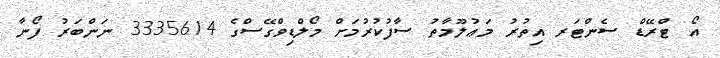
އޯ ޓްރޭޑް ސެންޓަރ އިތުރު މަޢުލޫމާތު ސާފުކުރުމަށް މޯލްޑިވްގޭސްގެ 3335614 ނަންބަރު ފޯނާ